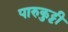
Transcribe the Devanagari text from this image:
पारुकुट्टी